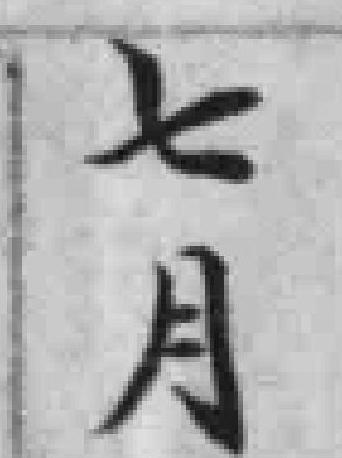
七月